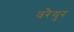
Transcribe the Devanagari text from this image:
वरैयुर